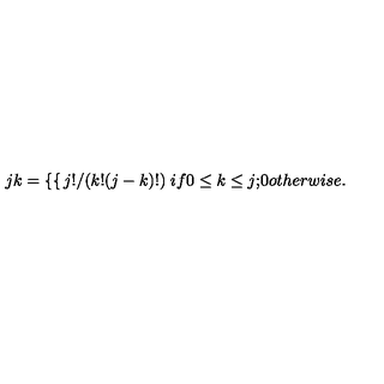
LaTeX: { \binom { j } { k } } = \left\{ \begin{cases} { j ! / ( k ! ( j - k ) ! ) } & { i f 0 \le k \le j ; } \\ { 0 } & { o t h e r w i s e . } \\ \end{cases} \right.